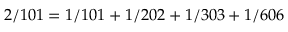
2 / 1 0 1 = 1 / 1 0 1 + 1 / 2 0 2 + 1 / 3 0 3 + 1 / 6 0 6